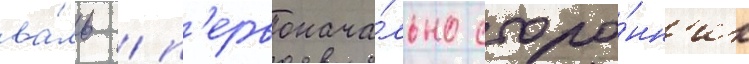
ва́ль / п'ервонача́льно сторо́нн'ик